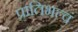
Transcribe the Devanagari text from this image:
प्रातिभत्वं